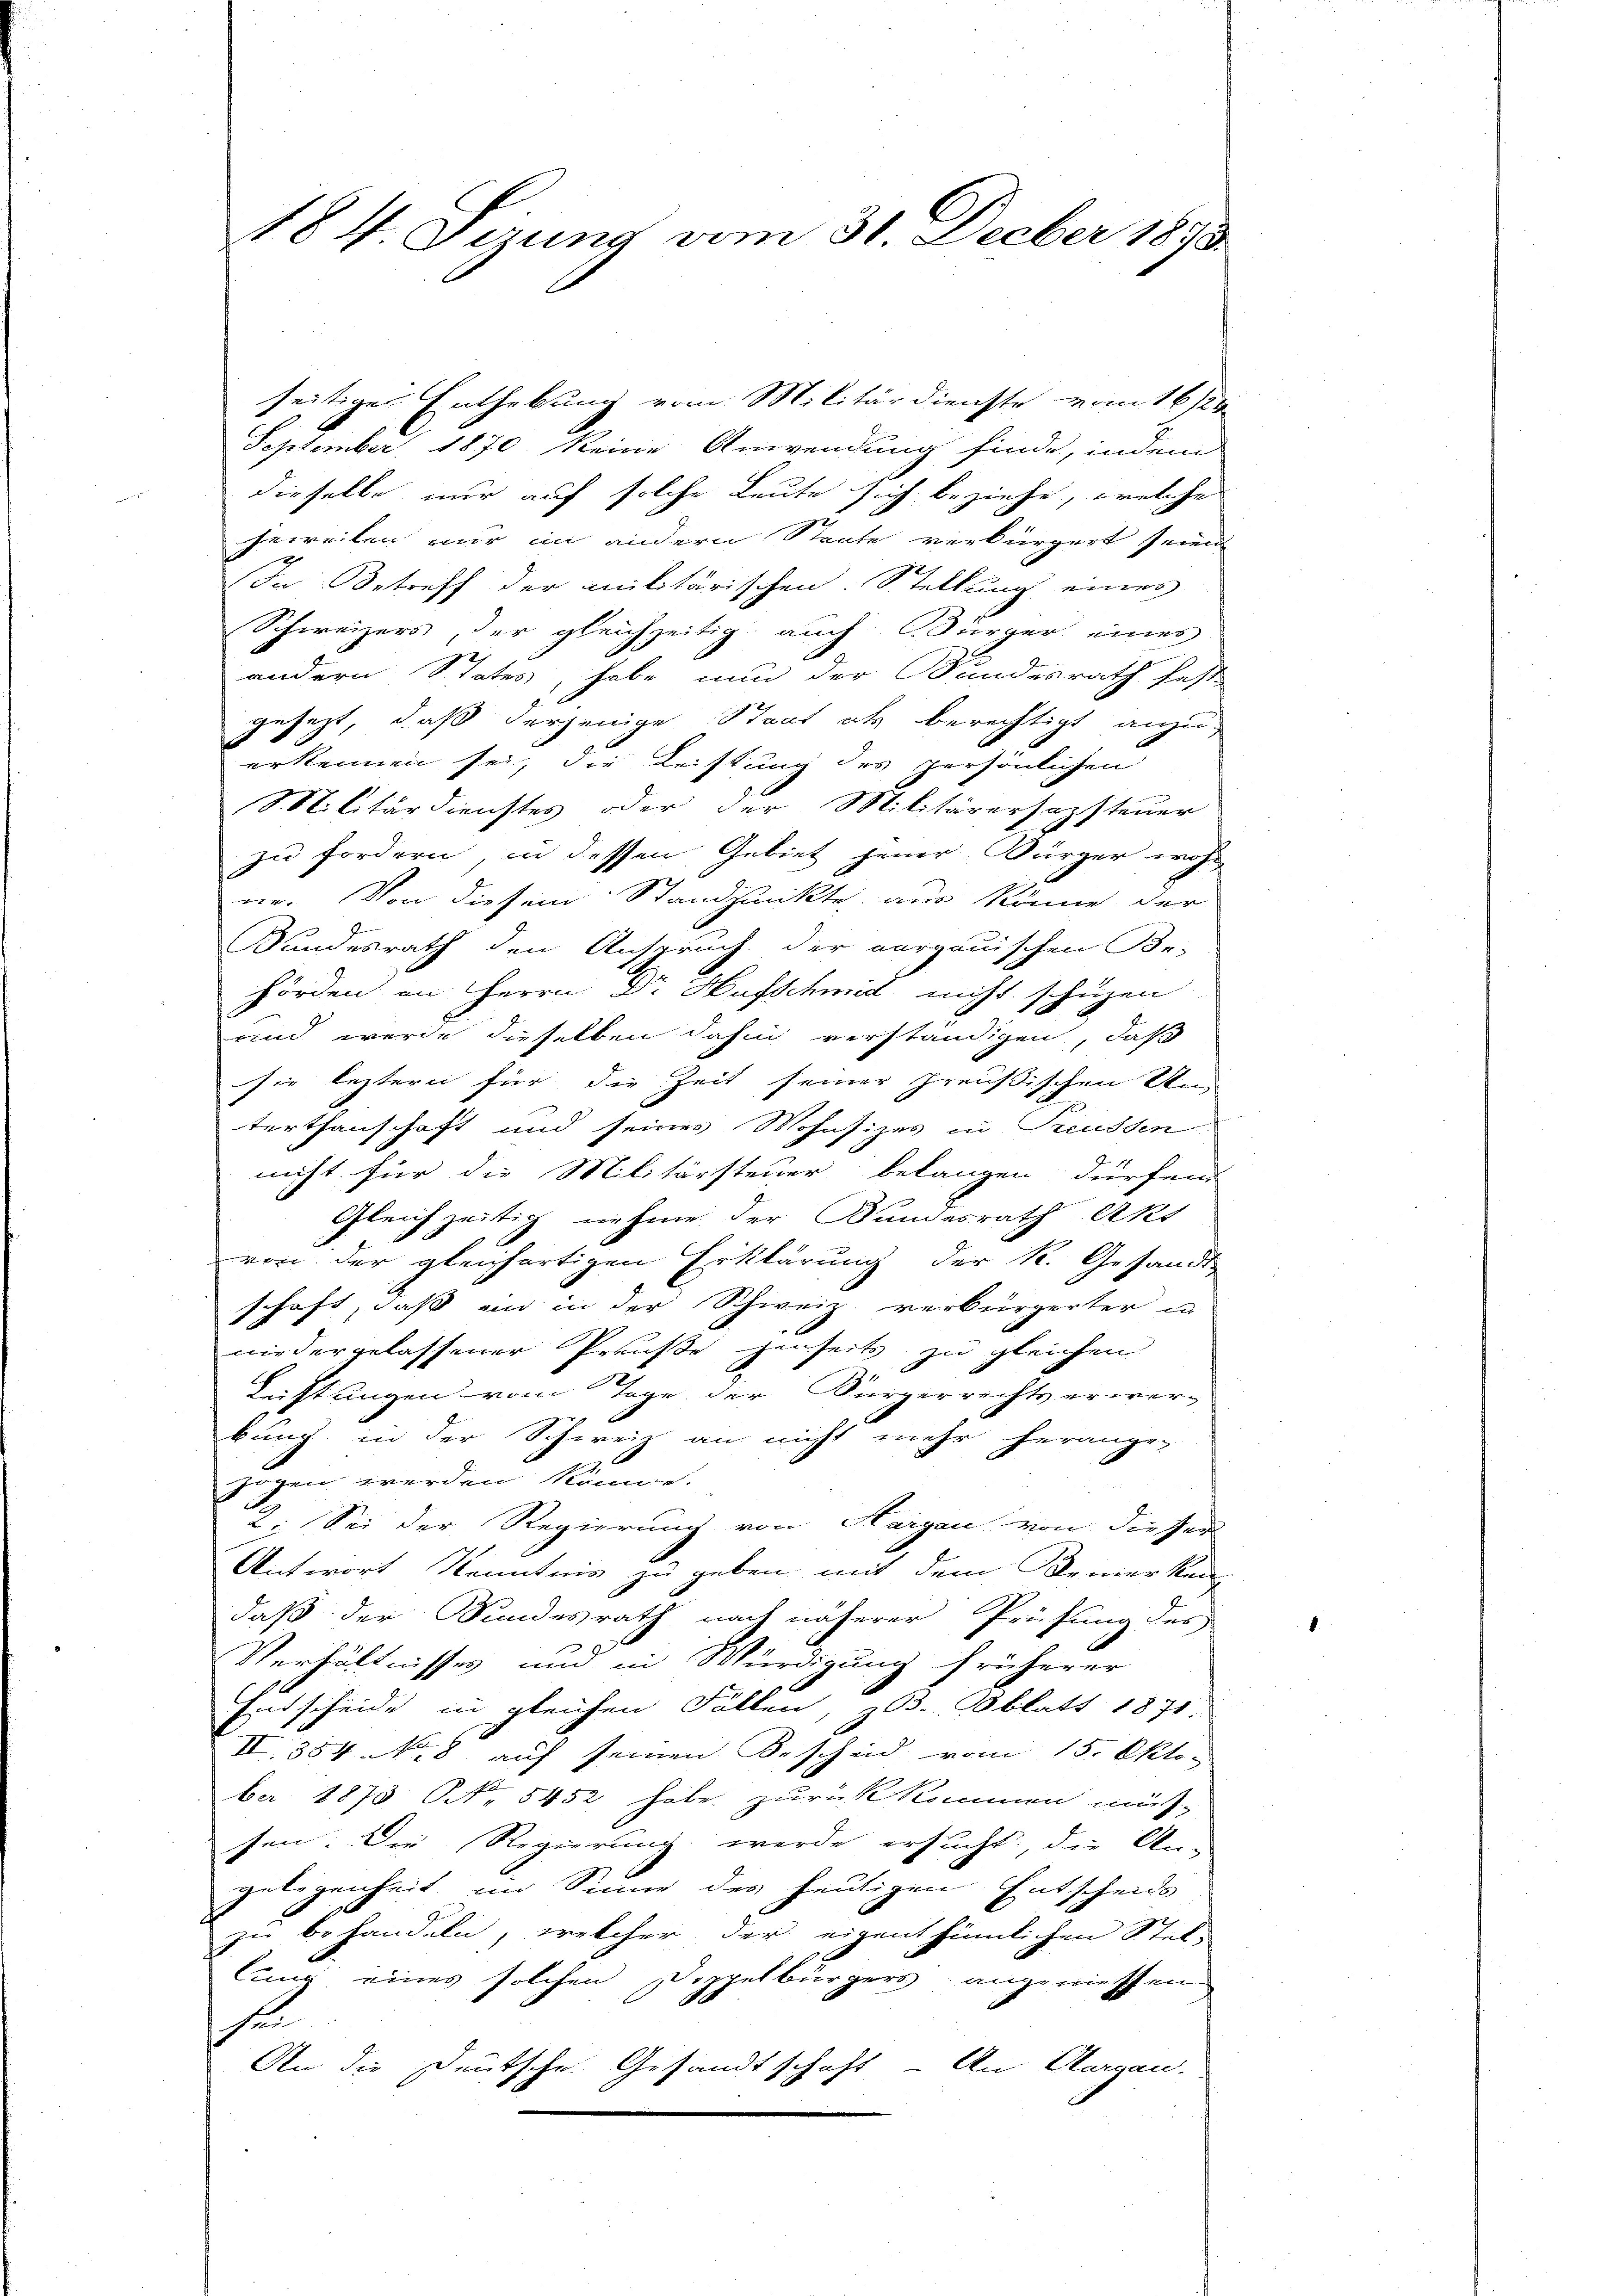
seitige Enthebung vom Militärdienste vom 16/2
September, 1870 keine Anwendung finde, indem
dieselbe nur auf solche Leute sich beziehe, welche
jeweilen nur im andern Staate verbürgert seine
In Betreff der militärischen Stellung eines
Schweizers, der gleichzeitig auch Bürger eines
andern States, habe nun der Bundesrath fest
gesezt, daß derjenige Staat als berechtigt anzu-
erkennen sei, die Leistung des persönlichen
Silitärdienstes oder der Militärersazsteuer
zu fordern, in dessen Gebiet jener Bürger wohl
ne. Von diesem Standpunkte aus könne der
Bundesrath den Anspruch der aargauischen Be-
hörden an Herrn D. Hufschmid nicht schüzen
und wurde dieselben dahin verständigen, daß
sie leztern für die Zeit seiner preußischen Un-
terthanschaft und seines Wohnsizes in Preussen
nicht für die Militärsteuer belangen dürfen
Gleichzeitig nehme der Bundesrath Aks
von der gleichartigen Erklärung der R. Gesandt-
schaft, dass ein in der Schweiz. verbürgerter un
niedergelassener Preuße zinseits zu gleichen
2
Lüftungen vom Tage der Sürgerrechts erwer-
bung in der Schweiz an nicht mehr herange-
zogen werden könne.
3
2: Sei der Regierung von Hargau von dieser
Antwort Kenntnis zu geben, mit dem Bemerken
daß der Bundesrath nach näherer Prüfung des
Verhältnisses und in Würdigung früherer
Entscheide in gleichen Fällen, z. Oblatt 1871.
II. 354 N. 8 auf seinen Bescheid vom 15. Oktober 1873 No 5452 habe zurückkommen muß,
sen. Die Regierung werde ersucht, die An-
gelegenheit im Sinne des heutigen Entscheids
zu behandeln, welcher der eigenthümlichen Stel-
lung eines solchen Dippelbürgers angeniessen
se
An die Deutsche Gesandtschaft - An Aargau.

184. Sizung vom 31. Decber 1893.